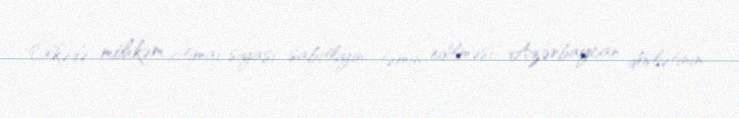
Ölkədə möhkəm ictimai-siyasi sabitliyin təmin edilməsi Azərbaycan dövlətinin